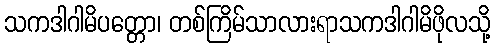
သကဒါဂါမိပတ္တော၊ တစ်ကြိမ်သာလားရာသကဒါဂါမိဖိုလသို့